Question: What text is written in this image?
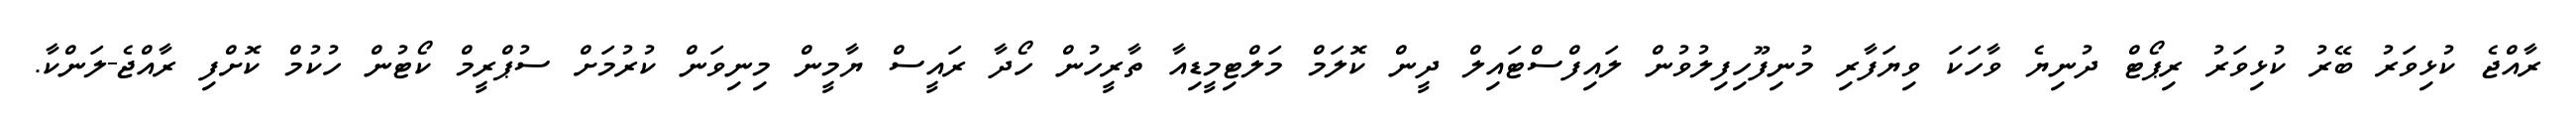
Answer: ރާއްޖެ ކުޅިވަރު ބޭރު ކުޅިވަރު ރިޕޯޓް ދުނިޔެ ވާހަކަ ވިޔަފާރި މުނިފޫހިފިލުވުން ލައިފްސްޓައިލް ދީން ކޮލަމް މަލްޓިމީޑިއާ ތާރީހުން ހޯދާ ރައީސް ޔާމީން މިނިވަން ކުރުމަށް ސުޕްރީމް ކޯޓުން ހުކުމް ކޮށްފި ރާއްޖެ-ލަންކާ.